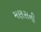
મણસની